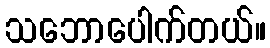
သဘောပေါက်တယ်။